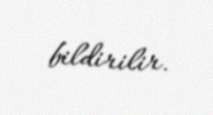
bildirilir.